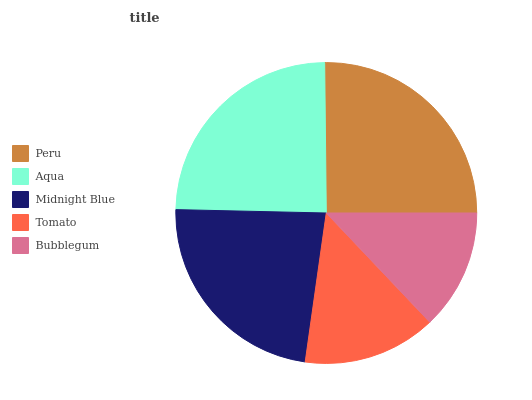
| Peru | Aqua | Midnight Blue | Tomato | Bubblegum |
 | --- | --- | --- | --- | --- |
 | 25.2% | 24.5% | 23.1% | 14.3% | 12.9% |